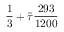
\frac { 1 } { 3 } + \Bar { \tau } \frac { 2 9 3 } { 1 2 0 0 }